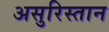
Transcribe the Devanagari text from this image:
असुरिस्तान